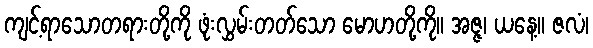
ကျင့်ရာသောတရားတို့ကို ဖုံးလွှမ်းတတ်သော မောဟတို့ကို။ အဇ္ဇ၊ ယနေ့။ ဇလံ၊